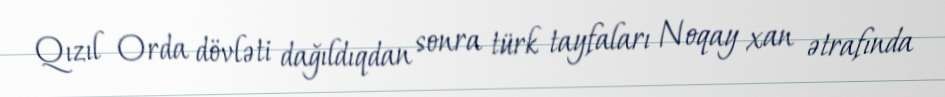
Qızıl Orda dövləti dağıldıqdan sonra türk tayfaları Noqay xan ətrafında